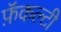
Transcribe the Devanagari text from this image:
फ़ॅकल्टी